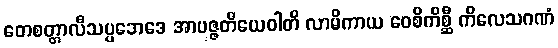
တေစတ္တာလီသပ္ပဘေဒေ အာပဇ္ဇတိယေဝါတိ လာမိကာယ ဝေစိကိစ္ဆီ ကိလေသဂဏံ